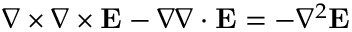
\nabla \times \nabla \times \mathbf { E } - \nabla \nabla \cdot \mathbf { E } = - \nabla ^ { 2 } \mathbf { E }